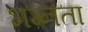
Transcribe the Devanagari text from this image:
भग्नता